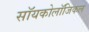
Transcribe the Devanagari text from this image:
सॉयकोलॉजिकल